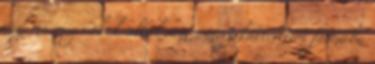
egy ma még sokak által nem ismert kártérítési formába